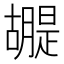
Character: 𮍂